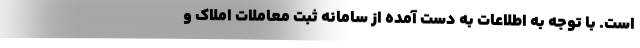
است. با توجه به اطلاعات به دست آمده از سامانه ثبت معاملات املاک و